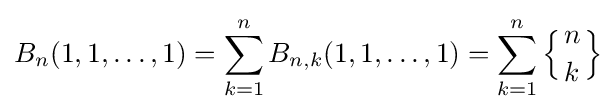
B_{n}(1,1,\dots ,1)=\sum _{k=1}^{n}B_{n,k}(1,1,\dots ,1)=\sum _{k=1}^{n}\left\{{n \atop k}\right\}